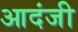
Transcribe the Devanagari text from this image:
आदंजी